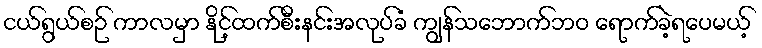
ငယ်ရွယ်စဉ် ကာလမှာ နိုင့်ထက်စီးနင်းအလုပ်ခံ ကျွန်သဘောက်ဘဝ ရောက်ခဲ့ရပေမယ့်